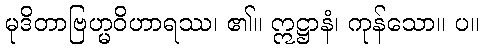
မုဒိတာဗြဟ္မဝိဟာရဿ၊ ၏။ ဣဋ္ဌာနံ၊ ကုန်သော။ ပ။